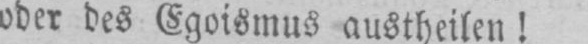
oder des Egoismus austheilen!